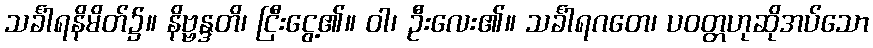
သင်္ခါရနိမိတ်၌။ နိဗ္ဗန္ဒတိ၊ ငြီးငွေ့၏။ ဝါ၊ ဦးလေး၏။ သင်္ခါရဂတေ၊ ပဝတ္တဟုဆိုအပ်သော